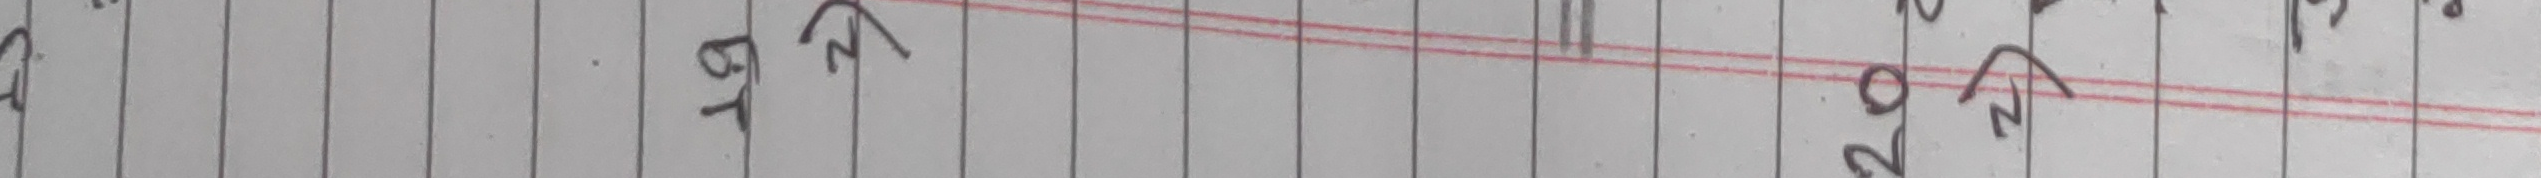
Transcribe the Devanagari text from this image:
६.१